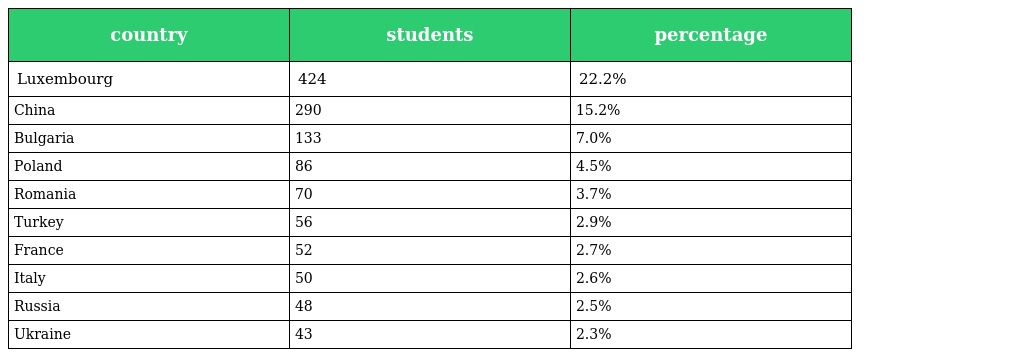
| country | students | percentage |
 | --- | --- | --- |
 | Luxembourg | 424 | 22.2% |
 | China | 290 | 15.2% |
 | Bulgaria | 133 | 7.0% |
 | Poland | 86 | 4.5% |
 | Romania | 70 | 3.7% |
 | Turkey | 56 | 2.9% |
 | France | 52 | 2.7% |
 | Italy | 50 | 2.6% |
 | Russia | 48 | 2.5% |
 | Ukraine | 43 | 2.3% |